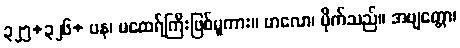
၃၂၅+၃၂၆+ ပန၊ မထေရ်ကြီးဖြစ်မူကား။ ဗာလော၊ မိုက်သည်။ အဗျတ္တော၊